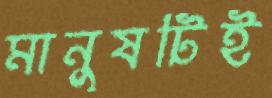
মানুষটিই